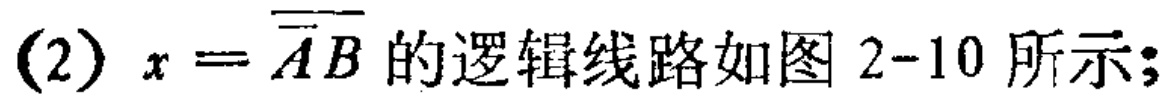
(2) \(x = \overline{\overline{A}B}\)的逻辑线路如图2-10所示;